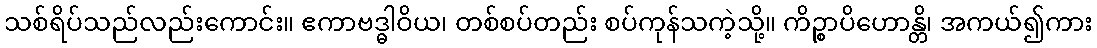
သစ်ရိပ်သည်လည်းကောင်း။ ဧကာဗဒ္ဓါဝိယ၊ တစ်စပ်တည်း စပ်ကုန်သကဲ့သို့။ ကိဉ္စာပိဟောန္တိ၊ အကယ်၍ကား